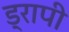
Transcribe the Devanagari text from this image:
ड्रापी